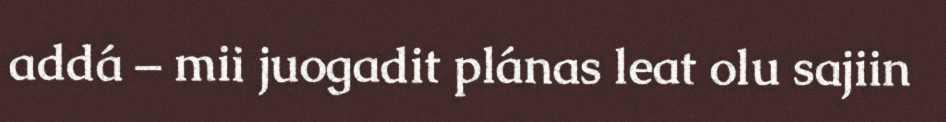
addá – mii juogadit plánas leat olu sajiin